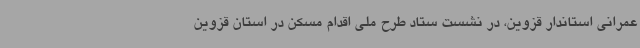
عمرانی استاندار قزوین، در نشست ستاد طرح ملی اقدام مسکن در استان قزوین